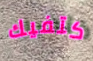
كتفيك